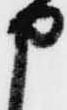
申